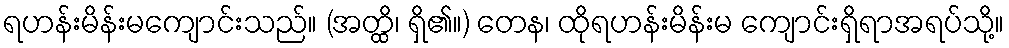
ရဟန်းမိန်းမကျောင်းသည်။ (အတ္ထိ၊ ရှိ၏။) တေန၊ ထိုရဟန်းမိန်းမ ကျောင်းရှိရာအရပ်သို့။